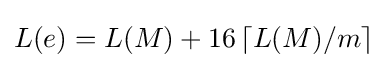
L(e)=L(M)+16\left\lceil L(M)/m\right\rceil